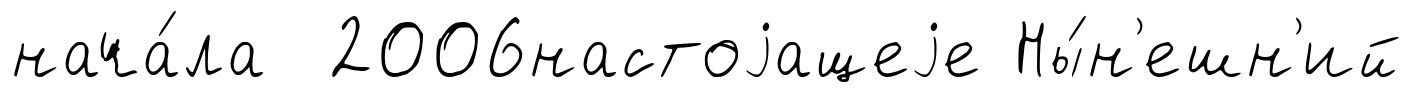
нача́ла 2006настоjащеjе Ны́н'ешн'ий